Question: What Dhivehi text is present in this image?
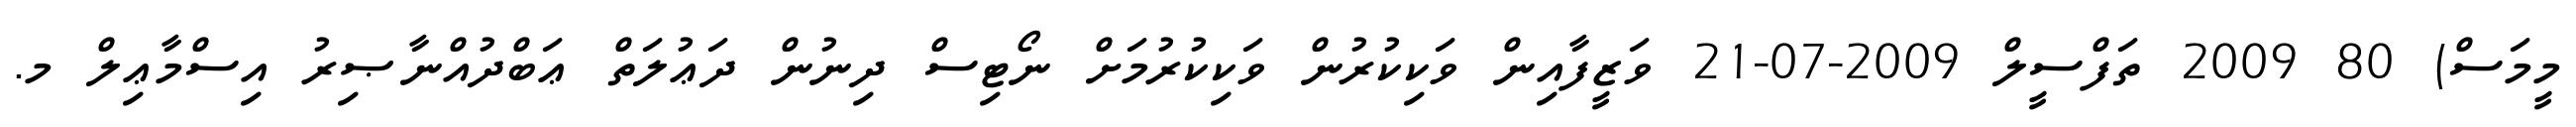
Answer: މީމަސް) 80 2009 ތަފްސީލް 2009-07-21 ވަޒީފާއިން ވަކިކުރުން ވަކިކުރުމަށް ނޯޓިސް ދިނުން ދަޢުލަތް ޢަބްދުއްނާޞިރު އިސްމާޢިލް މ.